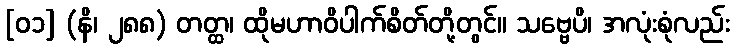
[၀၁] (နိ၊ ၂၈၈) တတ္ထ၊ ထိုမဟာဝိပါက်စိတ်တို့တွင်။ သဗ္ဗေပိ၊ အလုံးစုံလည်း